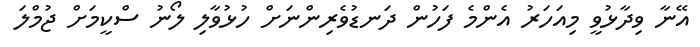
އޭނާ ވިދާޅުވީ މިއަހަރު އެންމެ ފަހުން ދަނޑުވެރިންނަށް ހުޅުވާލި ލޯނު ސްކީމަށް ޖުމްލަ